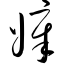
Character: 嫜